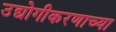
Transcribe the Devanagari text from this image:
उद्योगीकरणाच्या